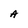
Character: A